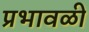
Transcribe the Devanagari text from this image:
प्रभावळी